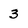
Character: 3